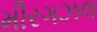
મીરગઝલ